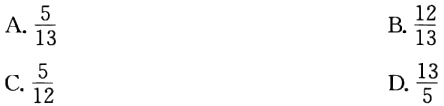
A. \(\frac{5}{13}\)

B. \(\frac{12}{13}\)

C. \(\frac{5}{12}\)

D. \(\frac{13}{5}\)